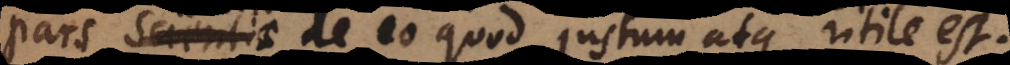
pars Scientiae de eo quod justum atque utile est.